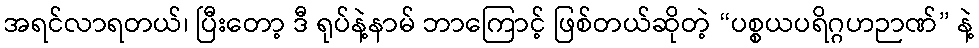
အရင်လာရတယ်၊ ပြီးတော့ ဒီ ရုပ်နဲ့နာမ် ဘာကြောင့် ဖြစ်တယ်ဆိုတဲ့ “ပစ္စယပရိဂ္ဂဟဉာဏ်” နဲ့